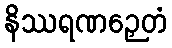
နိဿရဏဉှေတံ